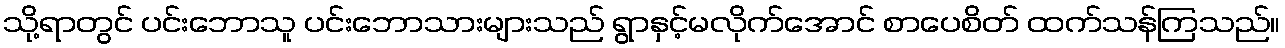
သို့ရာတွင် ပင်းဘောသူ ပင်းဘောသားများသည် ရွာနှင့်မလိုက်အောင် စာပေစိတ် ထက်သန်ကြသည်။